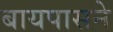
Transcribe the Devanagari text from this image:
बायपासने